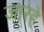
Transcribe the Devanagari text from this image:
जारहे